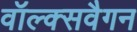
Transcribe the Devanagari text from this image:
वॉल्क्सवैगन